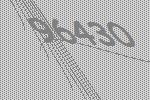
96430